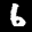
Label: 6